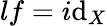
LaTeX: lf=i\mathrm{d}_{X}